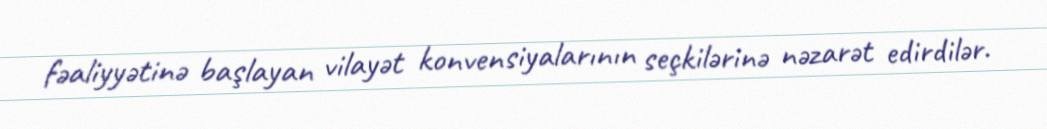
fəaliyyətinə başlayan vilayət konvensiyalarının seçkilərinə nəzarət edirdilər.